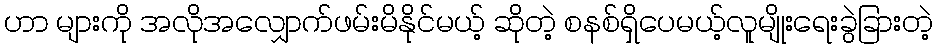
ဟာ များကို အလိုအလျှောက်ဖမ်းမိနိုင်မယ့် ဆိုတဲ့ စနစ်ရှိပေမယ့်လူမျိုးရေးခွဲခြားတဲ့